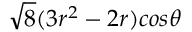
\sqrt 8 ( 3 r ^ { 2 } - 2 r ) c o s \theta